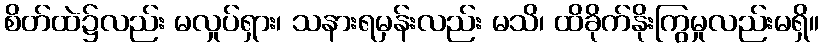
စိတ်ထဲ၌လည်း မလှုပ်ရှား၊ သနားရမှန်းလည်း မသိ၊ ထိခိုက်နိုးကြွမှုလည်းမရှိ။